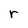
Character: r